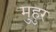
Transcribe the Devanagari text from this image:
मुहुर